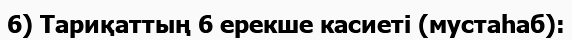
6) Тариқаттың 6 ерекше касиеті (мустаһаб):